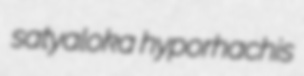
satyaloka hyporhachis